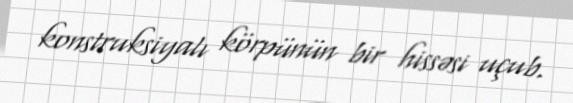
konstruksiyalı körpünün bir hissəsi uçub.